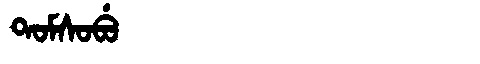
Manchu: ᡨᠣᠮᠰᠣᠪᡠ
Romanization: TOMSOBU